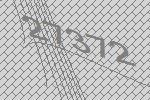
27372